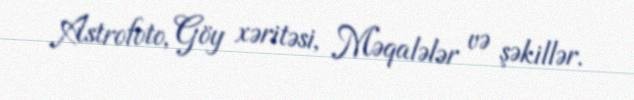
Astrofoto, Göy xəritəsi, Məqalələr və şəkillər.